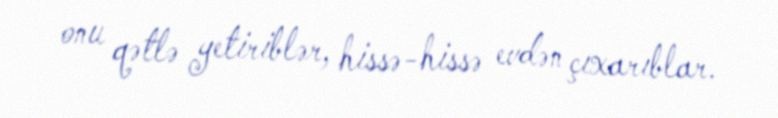
onu qətlə yetiriblər, hissə-hissə evdən çıxarıblar.